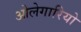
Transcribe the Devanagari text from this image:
ओलेगारियो